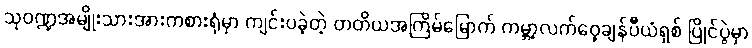
သုဝဏ္ဍအမျိုးသားအားကစားရုံမှာ ကျင်းပခဲ့တဲ့ တတိယအကြိမ်မြောက် ကမ္ဘာ့လက်ဝှေ့ချန်ပီယံရှစ် ပြိုင်ပွဲမှာ